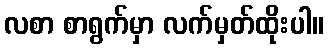
လစာ စာရွက်မှာ လက်မှတ်ထိုးပါ။